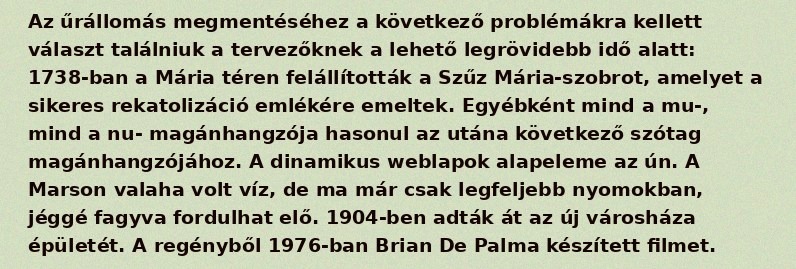
Az űrállomás megmentéséhez a következő problémákra kellett választ találniuk a tervezőknek a lehető legrövidebb idő alatt: 1738-ban a Mária téren felállították a Szűz Mária-szobrot, amelyet a sikeres rekatolizáció emlékére emeltek. Egyébként mind a mu-, mind a nu- magánhangzója hasonul az utána következő szótag magánhangzójához. A dinamikus weblapok alapeleme az ún. A Marson valaha volt víz, de ma már csak legfeljebb nyomokban, jéggé fagyva fordulhat elő. 1904-ben adták át az új városháza épületét. A regényből 1976-ban Brian De Palma készített filmet.